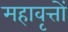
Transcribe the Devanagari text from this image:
महावृत्तों